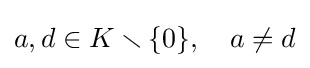
a,d\in K\smallsetminus \{0\},\quad a\neq d